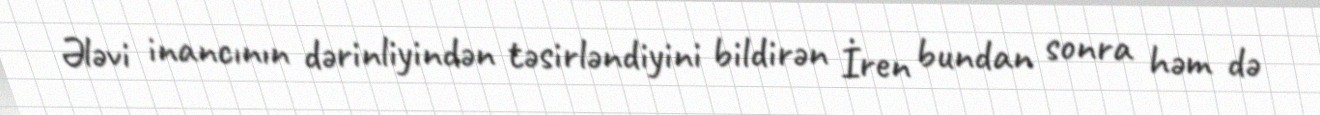
Ələvi inancının dərinliyindən təsirləndiyini bildirən İren bundan sonra həm də